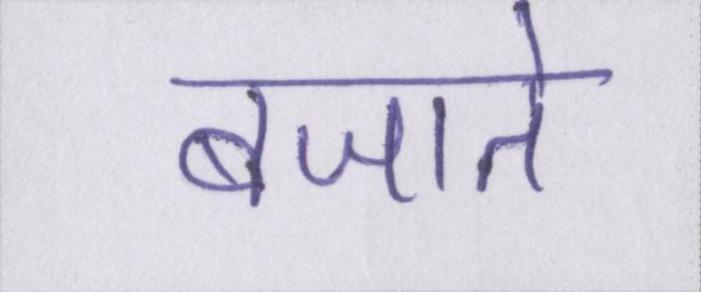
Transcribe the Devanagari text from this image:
बजाते